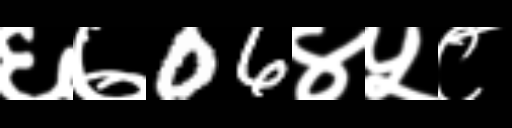
Text: ६७06४५८